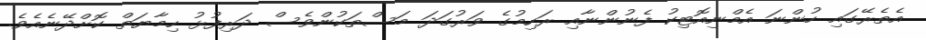
އެތެރޭގައި ހުންނަ އެމްނިއޮޓިކު ފެނުންނާއި ރަހިމުގެ ވަރުގަދަ މަސްތަކުންވެސް ދަރިފުޅު ހިމާޔަތް ކޮށްދޭނެއެވެ.